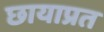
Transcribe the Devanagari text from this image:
छायाप्रत